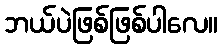
ဘယ်ပဲဖြစ်ဖြစ်ပါလေ။